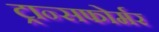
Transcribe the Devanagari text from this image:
ट्रान्सफोर्मर